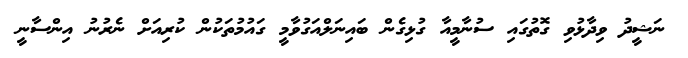
ނަޝީދު ވިދާޅުވި ގޮތުގައި ސުނާމީއާ ގުޅިގެން ބައިނަލްއަގުވާމީ ގައުމުތަކުން ކުރިއަށް ނެރުނު އިންސާނީ